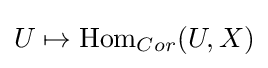
U\mapsto {\text{Hom}}_{Cor}(U,X)